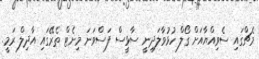
މެޗްގައި ސެވިއްޔާއަށް ގޯލް ހުޅުވާލަދިނީ ސާޅީސް ފަސްވަނަ މިނެޓް ތެރޭގައި އާދިލް ރަމީ.